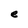
Character: e